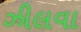
ઝીલવા